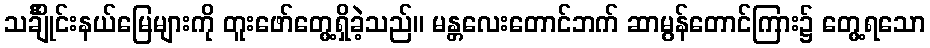
သင်္ချိုင်းနယ်မြေများကို တူးဖော်တွေ့ရှိခဲ့သည်။ မန္တလေးတောင်ဘက် ဆာမွန်တောင်ကြား၌ တွေ့ရသော